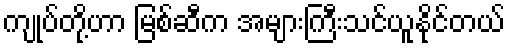
ကျုပ်တို့ဟာ မြစ်ဆီက အများကြီးသင်ယူနိုင်တယ်